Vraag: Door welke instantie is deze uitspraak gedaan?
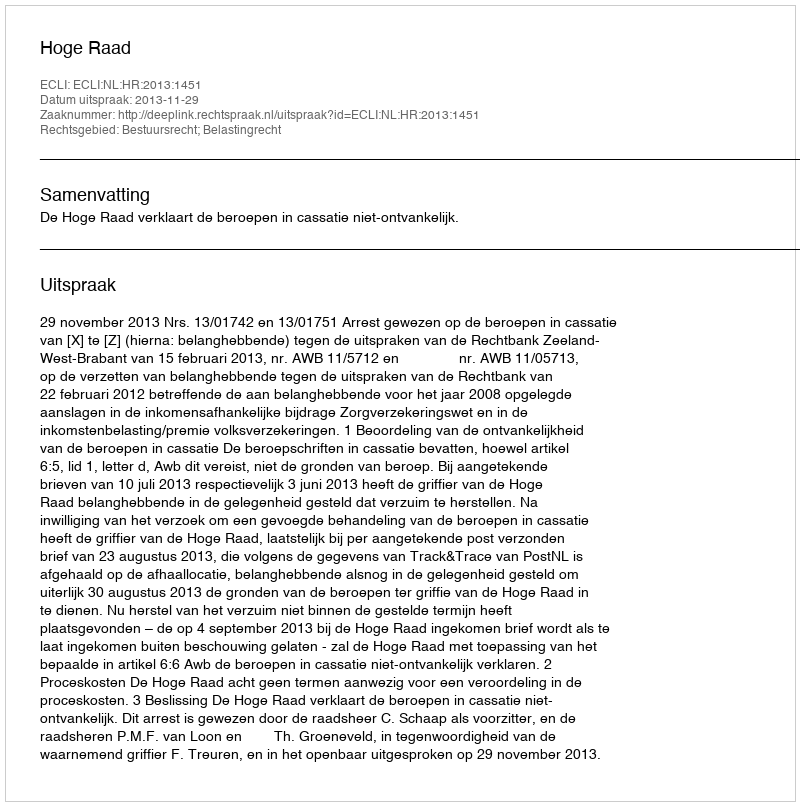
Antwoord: Hoge Raad